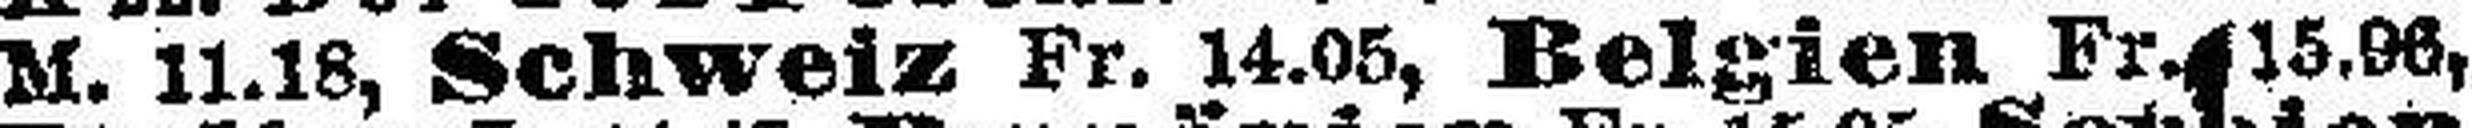
M. 11.18, Schweiz Fr. 14.05, Belgien Fr. 15.06,